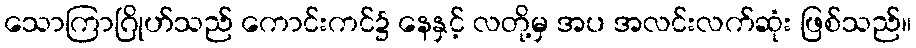
သောကြာဂြိုဟ်သည် ကောင်းကင်၌ နေနှင့် လတို့မှ အပ အလင်းလက်ဆုံး ဖြစ်သည်။